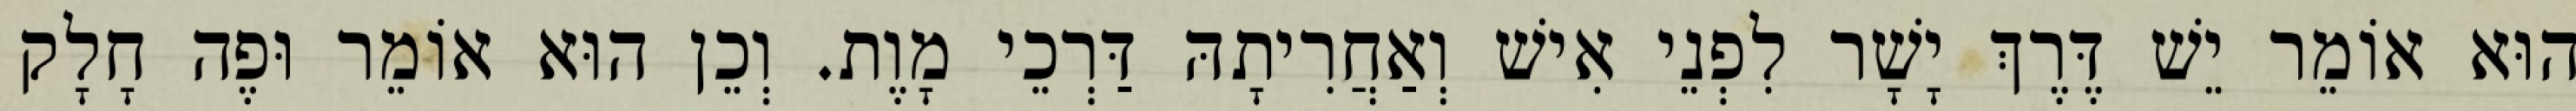
הוּא אוֹמֵר יֵשׁ דֶּרֶךְ יָשָׁר לִפְנֵי אִישׁ וְאַחֲרִיתָהּ דַּרְכֵי מָוֶת. וְכֵן הוּא אוֹמֵר וּפֶה חָלָק